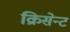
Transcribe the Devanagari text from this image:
क्रिसेन्‍ट